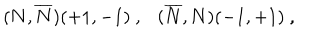
LaTeX: ( { \bf N } , { \overline { { { \bf N } } } } ) ( + 1 , - 1 ) ~ , ( { \overline { { { \bf N } } } } , { { \bf N } } ) ( - 1 , + 1 ) ~ ,